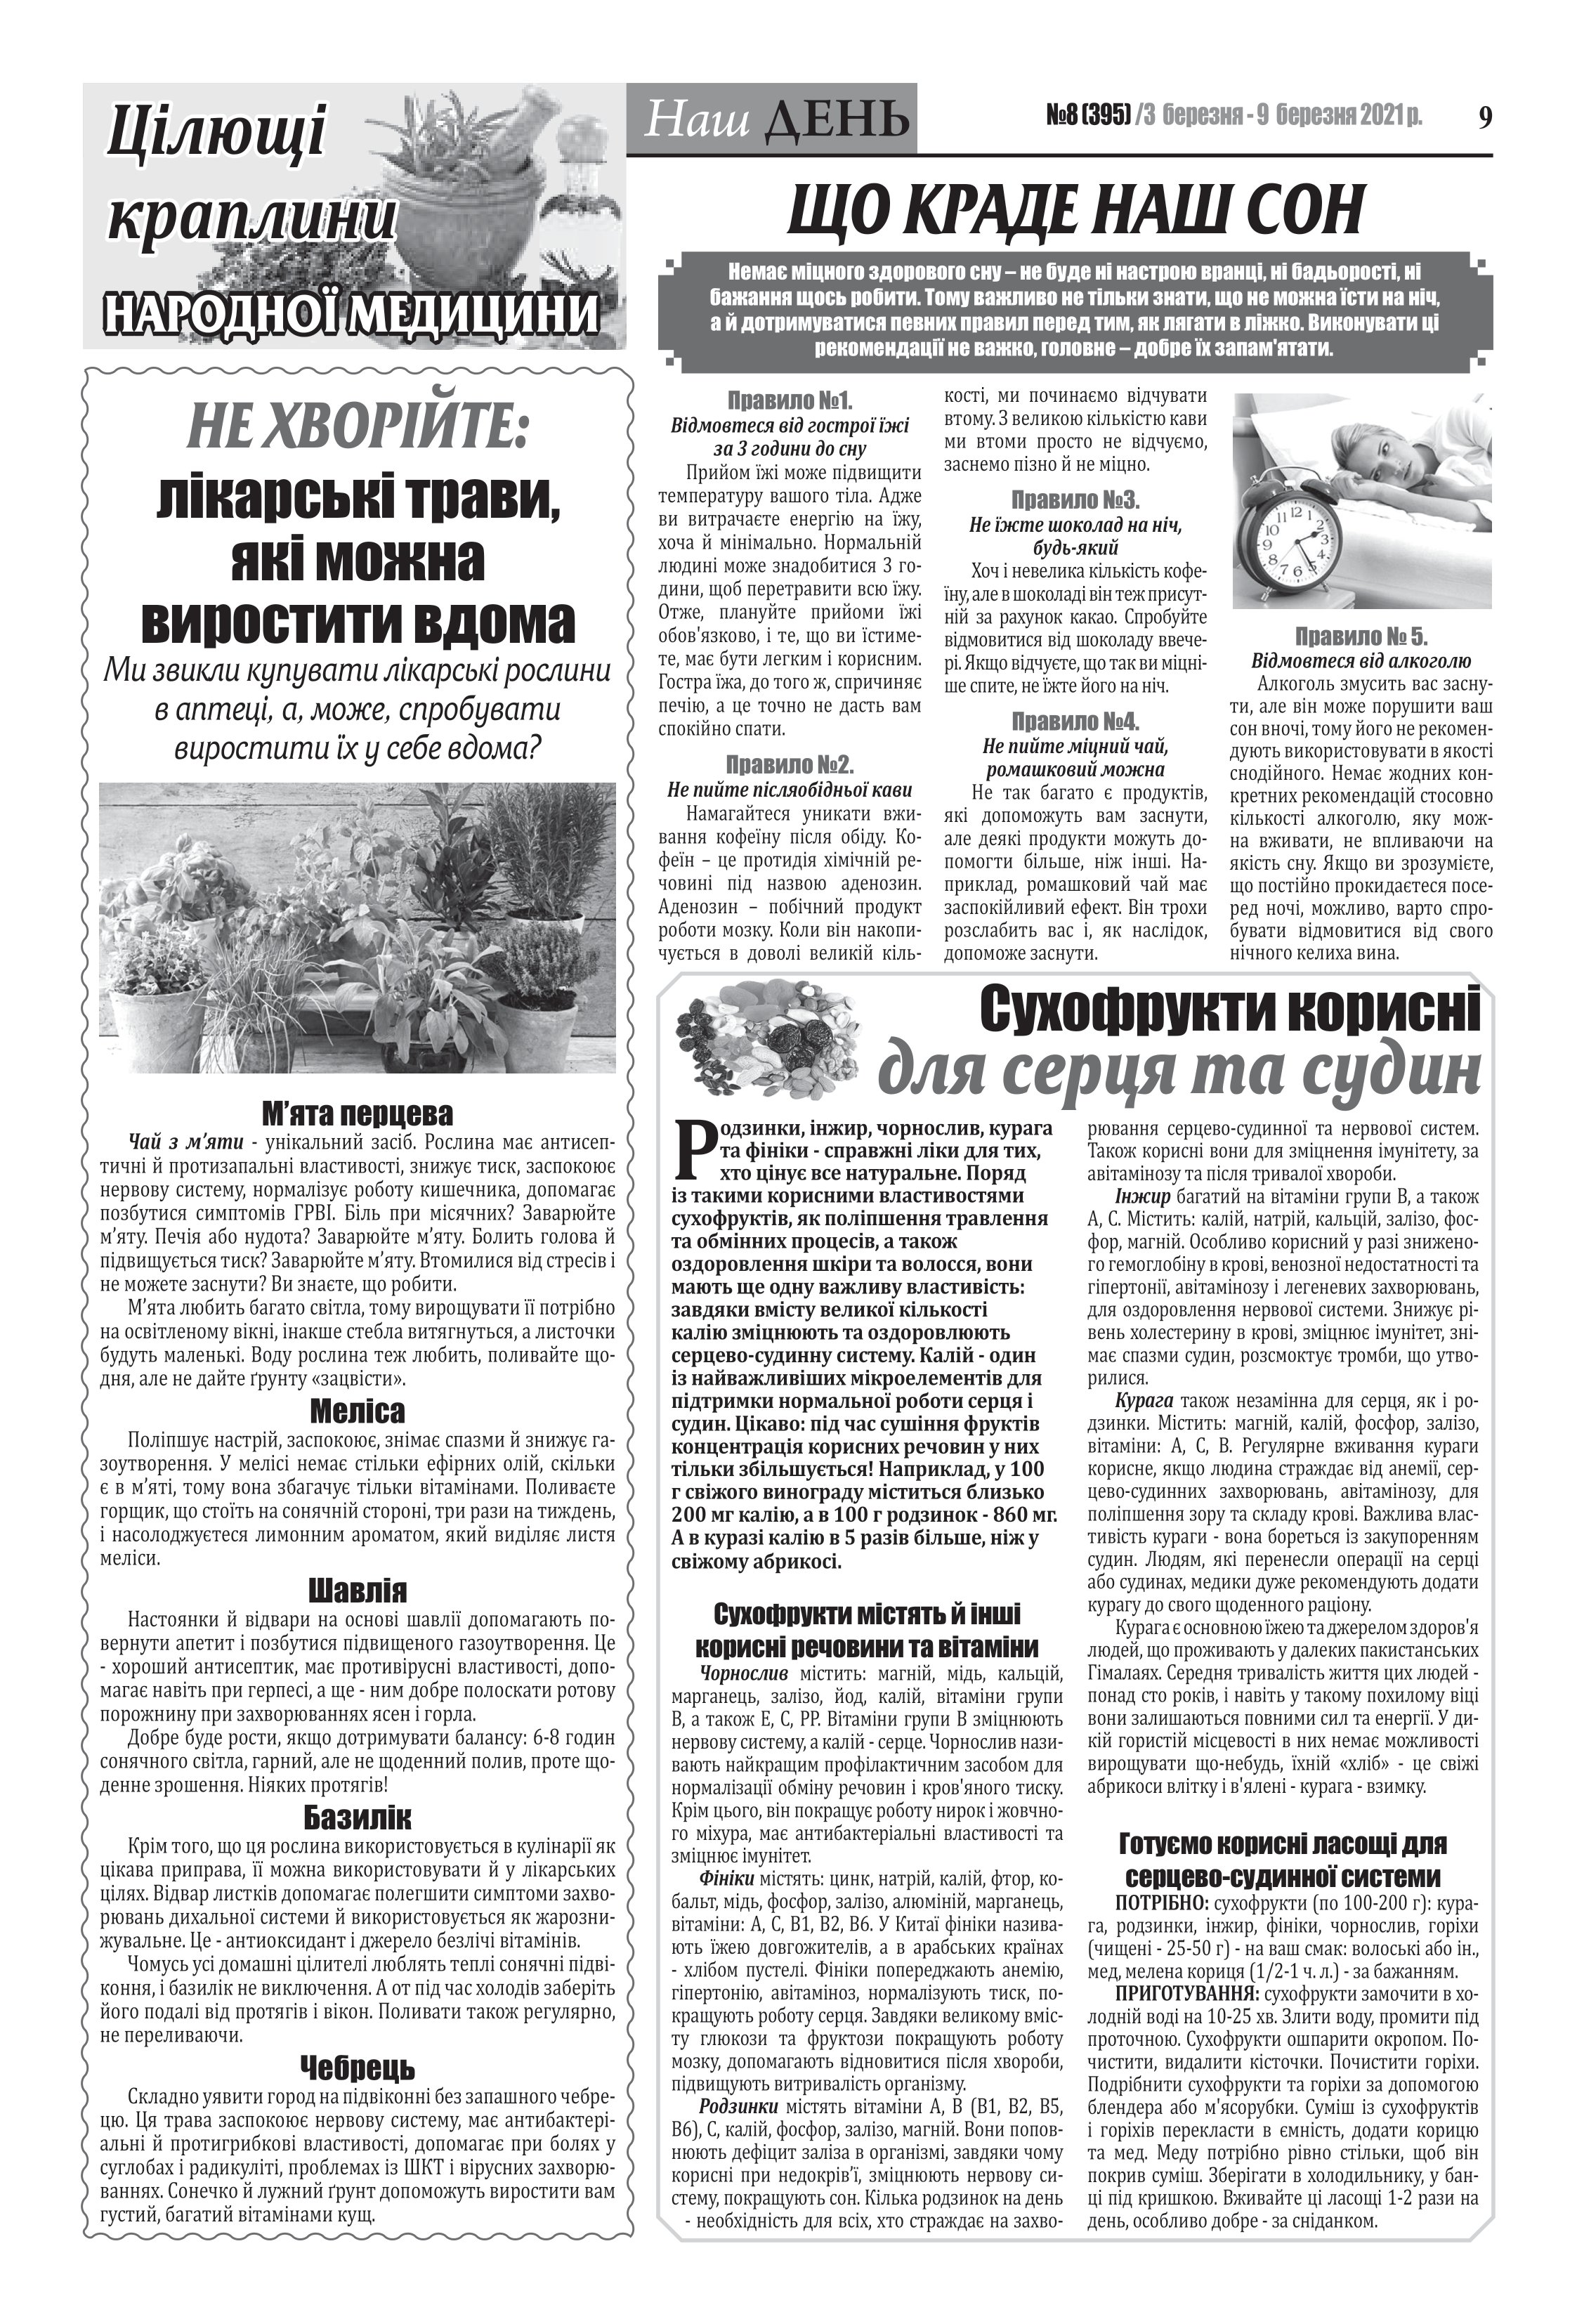
Language: uk